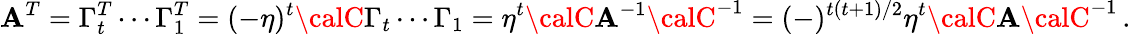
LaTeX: \mathbf{A}^{T}=\Gamma_{t}^{T}\cdots\Gamma_{1}^{T}=(-\eta)^{t}{\calC}\Gamma_{t}\cdots\Gamma_{1}=\eta^{t}{\calC}\mathbf{A}^{-1}{\calC}^{-1}=(-)^{t(t+1)/2}\eta^{t}{\calC}\mathbf{A}{\calC}^{-1}\, .